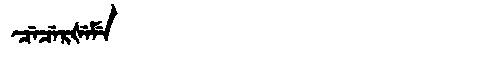
Manchu: ᠴᡝᠴᡝᡵᡧᡝᠮᡝ
Romanization: CECERŠEME